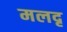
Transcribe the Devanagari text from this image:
मलदृ